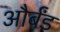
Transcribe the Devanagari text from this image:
और्बंड